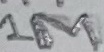
Text: 1M